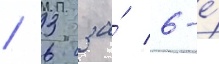
/ 3 за́ 6-е́